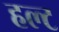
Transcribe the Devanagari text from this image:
हल्ट